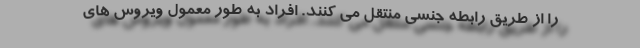
را از طریق رابطه جنسی منتقل می کنند. افراد به طور معمول ویروس های